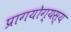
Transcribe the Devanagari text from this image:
प्रागयोग्यस्य